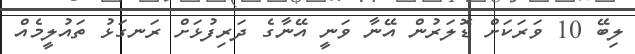
ލިބޭ 10 ވަރަކަށް ޑޮލަރުން އޭނާ ވަނީ އޭނާގެ ދަރިފުޅަށް ރަނގަޅު ތައުލީމެއް